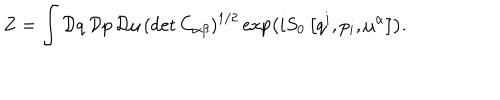
LaTeX: Z = \int { \cal D } q \, { \cal D } p \, { \cal D } \mu \, \left( \det C _ { \alpha \beta } \right) ^ { 1 / 2 } \exp \left( i S _ { 0 } \left[ q ^ { i } , p _ { i } , \mu ^ { \alpha } \right] \right) .